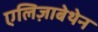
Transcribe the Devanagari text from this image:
एलिज़ाबेथेन